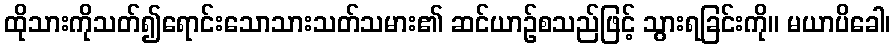
ထိုသားကိုသတ်၍ရောင်းသောသားသတ်သမား၏ ဆင်ယာဉ်စသည်ဖြင့် သွားရခြင်းကို။ မယာပိခေါ၊